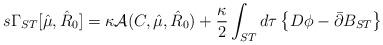
LaTeX: \begin{align*}s\Gamma_{ST}[\hat\mu,\hat R_{0}]= \kappa{\cal A}(C,\hat\mu,\hat R_{0})+\frac{\kappa}{2}\int_{ST} d\tau\left\{D\phi-\bar{\partial}B_{ST}\right\}\end{align*}